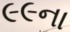
૯૯ના